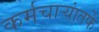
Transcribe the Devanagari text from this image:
कर्मचाऱ्यांतर्फे